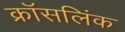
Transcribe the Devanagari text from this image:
क्रॉसलिंक